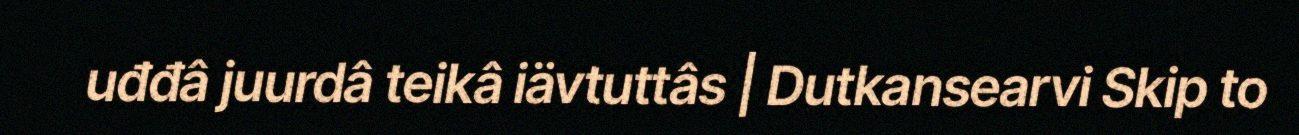
uđđâ juurdâ teikâ iävtuttâs | Dutkansearvi Skip to